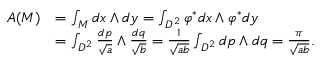
\begin{array} { r l } { A ( M ) } & { = \int _ { M } d x \wedge d y = \int _ { { D } ^ { 2 } } \varphi ^ { \ast } d x \wedge \varphi ^ { \ast } d y } \\ & { = \int _ { { D } ^ { 2 } } \frac { d p } { \sqrt { a } } \wedge \frac { d q } { \sqrt { b } } = \frac { 1 } { \sqrt { a b } } \int _ { { D } ^ { 2 } } d p \wedge d q = \frac { \pi } { \sqrt { a b } } . } \end{array}